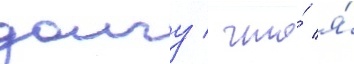
долгу / что́ я́